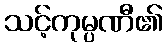
သင့်ကုမ္ပဏီ၏